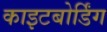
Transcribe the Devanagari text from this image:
काइटबोर्डिंग